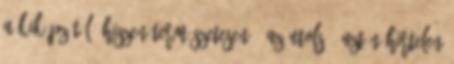
a kiképzőtől, hiszen természetesen ő az utolsó. Aztán hirtelen